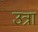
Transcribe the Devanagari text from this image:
उत्रा